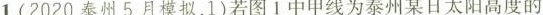
1.(2020泰州5月模拟，1)若图1中甲线为泰州某日太阳高度的